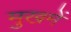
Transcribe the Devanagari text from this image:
मुखमें